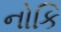
નોકિ